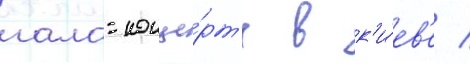
гала-конце́рт'е в к'и́ев'е /